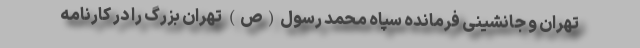
تهران و جانشینی فرمانده سپاه محمد رسول(ص) تهران بزرگ را در کارنامه